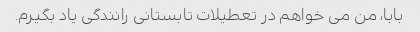
بابا، من می خواهم در تعطیلات تابستانی رانندگی یاد بگیرم.